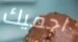
احميك